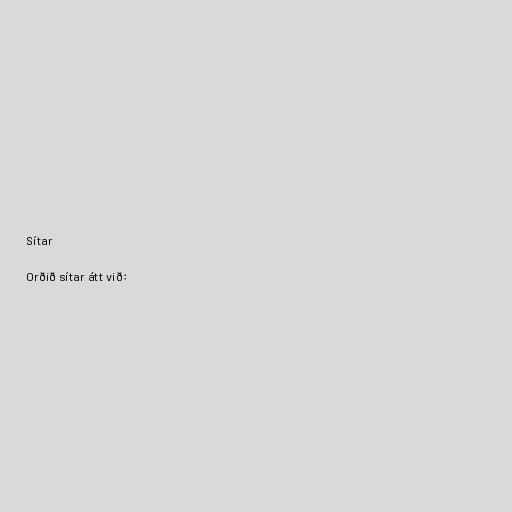
Sítar

Orðið sítar átt við: